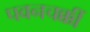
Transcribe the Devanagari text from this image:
पवनचक्कीं